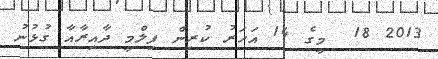
2013 18  މީގެ 14 އަހަރު ކުރިން ފިލްމީ ދާއިރާއާ ގުޅުނު